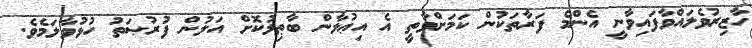
ހާޒިރުވެލައްވާފައިވާނީ އެންމެ ފަރާތަކުން ކަމަށްވާތީ އެ އިޢުލާން ބާޠިލުކޮށް އަލުން ފުރުޞަތު ހުޅުވާލަމެވެ.